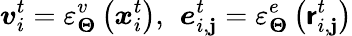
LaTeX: \boldsymbol{v}_{i}^{t}=\varepsilon_{\boldsymbol{\Theta}}^{v}\left(\boldsymbol{x}_{i}^{t}\right),\, \ \boldsymbol{e}_{i,\mathbf{j}}^{t}=\varepsilon_{\boldsymbol{\Theta}}^{e}\left(\boldsymbol{\mathsf{r}}_{i,\mathbf{j}}^{t}\right)